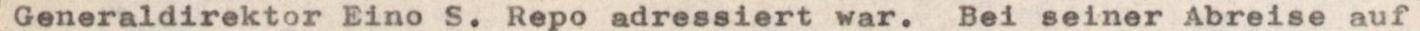
Generaldirektor Eino S. Repo adressiert war. Bei seiner Abreise auf